Vaccination Hyderabad 1872-1889 - 1872-1889
Year: 1872
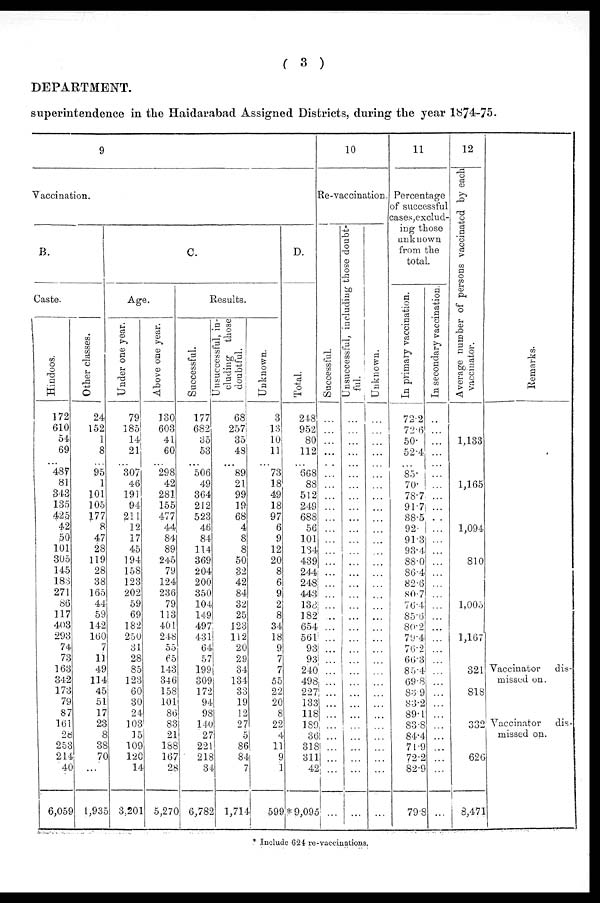
( 3 )
DEPARTMENT.
superintendence in the Haidarabad Assigned Districts, during the year 1874-75.
9
Vaccination.
B.
Caste.
Hindoos.
172
610
54
69
...
487
81
343
135
425
42
50
101
305
145
183
271
86
117
403
293
74
73
163
342
173
79
87
161
28
253
214
40
6,059
Other classes.
24
152
1
8
... 95
1
101
105
177
8
47
28
119
28
38
165
44
59
142
160
7
11
49
114
45
51
17
23
8
38
70
...
1,935
C.
Age.
Under one year.
79
185
14
21
...
307
46
191
94
211
12
17
45
194
158
123
202
59
69
182
250
31
28
85
123
60
30
24
103
15
109
120
14
3,201
Above one year.
130
603
41
60
... 298
42
281
155
477
44
84
89
245
79
124
236
79
113
401
248
55
65
143
346
158
101
86
83
21
188
167
28
5,270
Results.
Successful.
177
682
35
53
...
506
49
364
212
523
46
84
114
369
204
200
350
104
149
497
431
64
57
199
309
172
94
98
140
27
221
218
34
6,782
Unsuccessful, in-
cluding those
doubtful.
68
257
35
48
... 89
21
99
19
68
4
8
8
50
32
42
84
32
25
123
112
20
29
34
134
33
19
12
27
5
86
84
7
1,714
Unknown.
3
13
10
11
... 73
18
49
18
97
6
9
12
20
8
6
9
2
8
34
18
9
7
7
55
22
20
8
22
4
11
9
1
599
D.
Total.
248
952
80
112
... 668
88
512
249
688
56
101
134
439
244
248
443
138
182
654
561
93
93
240
498
227
133
118
189
36
318
311
42
* 9,095
10
Re-vaccination.
Successful.
...
...
... ...
...
... ...
...
...
...
... ...
...
... ...
...
...
...
...
...
...
...
...
...
...
...
...
...
...
...
...
...
...
...
Unsuccessful, including those doubt-
ful.
...
...
...
...
...
...
...
...
...
...
...
...
...
...
...
...
...
...
...
...
...
...
...
...
...
...
...
...
...
...
...
...
...
...
Unknown.
...
...
...
...
...
...
...
...
...
...
...
...
...
...
...
...
...
...
...
...
...
...
...
...
...
...
...
...
...
...
...
...
...
...
11
Percentage
of successful
cases, exclud¬
ing those
unknown
from the
total.
In primary vaccination.
72.2
72.6
50.
52.4
... 85.
70.
78.7
91.7
88.5
92.
91.3
93.4
88.0
86.4
82.6
80.7
76.4
85.6
80.2
79.4
76.2
66.3
85.4
69.8
83.9
83.2
89.1
83.8
84.4
71.9
72.2
82.9
79.8
In secondary vaccination.
...
...
...
...
...
...
...
... ...
... ...
...
...
...
...
...
...
...
...
...
...
...
... ...
...
...
...
...
...
...
...
...
...
...
12
Average number of persons vaccinated by each
vaccinator.
1,133
1,165
1,094
810
1,005
1,167
321
818
332
626
8,471
Remarks.
Vaccinator
dis-
missed on.
Vaccinator dis-
missed on.
* Include 624 re-vaccinations.